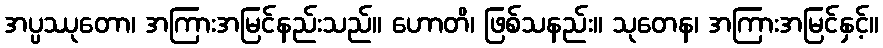
အပ္ပဿုတော၊ အကြားအမြင်နည်းသည်။ ဟောတိ၊ ဖြစ်သနည်း။ သုတေန၊ အကြားအမြင်နှင့်။